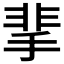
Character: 𩇮